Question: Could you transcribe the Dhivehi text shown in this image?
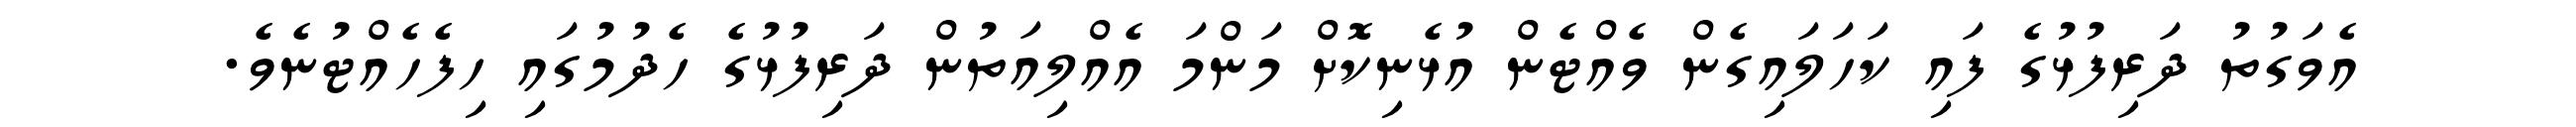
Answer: އެވަގުތު ދަރިފުޅުގެ ފައި ކަހަލައިގެން ވެއްޓެން އުޅެނިކޮށް މަންމަ އެއްލިއަތުން ދަރިފުޅުގެ ހެދުމުގައި ހިފެހެއްޓުނެވެ.